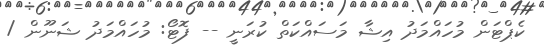
ކެޕްޓަން މުހައްމަދު އިޝާ މަސައްކަތް ކުރަނީ -- ފޮޓޯ: މުހައްމަދު ޝަނޫން /